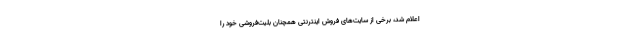
اعلام شد، برخی از سایت‌های فروش اینترنتی همچنان بلیت‌فروشی خود را